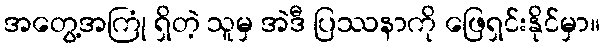
အတွေ့အကြုံ ရှိတဲ့ သူမှ အဲဒီ ပြဿနာကို ဖြေရှင်းနိုင်မှာ။